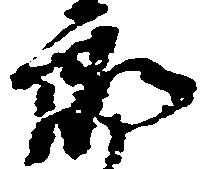
郎